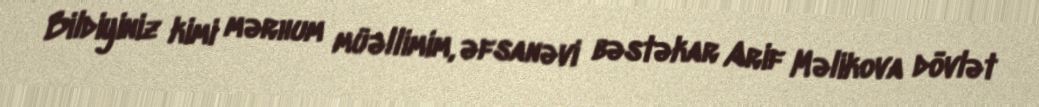
Bildiyiniz kimi mərhum müəllimim, əfsanəvi bəstəkar Arif Məlikova dövlət